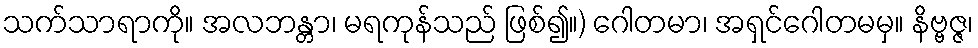
သက်သာရာကို။ အလဘန္တာ၊ မရကုန်သည် ဖြစ်၍။) ဂေါတမာ၊ အရှင်ဂေါတမမှ။ နိဗ္ဗဇ္ဇ၊